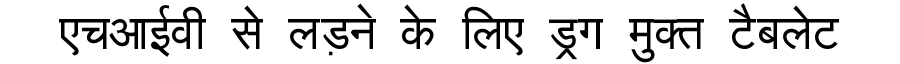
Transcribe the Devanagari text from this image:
एचआईवी से लड़ने के लिए ड्रग मुक्त टैबलेट